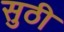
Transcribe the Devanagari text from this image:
सुठी